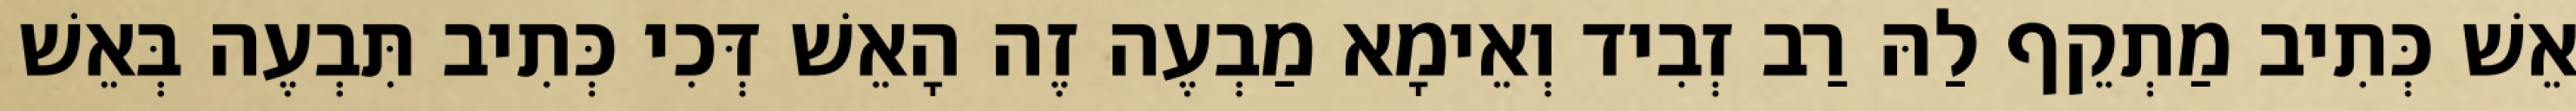
אֵשׁ כְּתִיב מַתְקֵף לַהּ רַב זְבִיד וְאֵימָא מַבְעֶה זֶה הָאֵשׁ דְּכִי כְּתִיב תִּבְעֶה בְּאֵשׁ